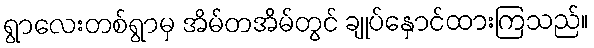
ရွာလေးတစ်ရွာမှ အိမ်တအိမ်တွင် ချုပ်နှောင်ထားကြသည်။